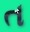
ત